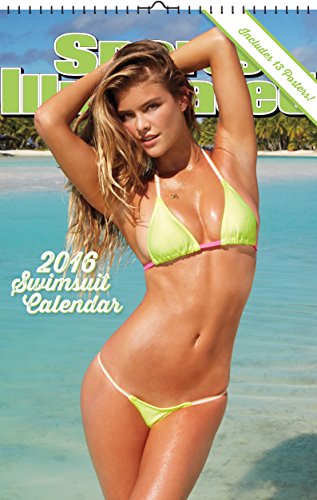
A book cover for Sports Illustrated Swimsuit 2016 Oversized Wall Calendar; Trends International; Calendars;